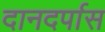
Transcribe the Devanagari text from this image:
दानदर्पास